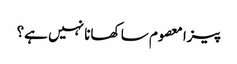
پیزا معصوم سا کھانا نہیں ہے؟